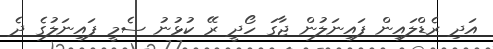
އަދި ރެޑްލައިން ފައިނަލުން ޖާގަ ހޯދީ ރޭ ކުޅުނު ސެމީ ފައިނަލުގެ ދެ